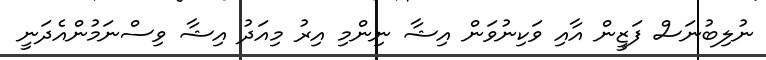
ނުލިބުނަސް ފަޒީން އާއި ވަކިނުވަން އިޝާ ނިންމި އިރު މިއަދު އިޝާ ވިސްނަމުންއެދަނީ